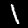
Label: 1